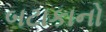
બટાકાનો